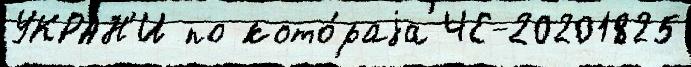
УКРАН'И по кото́раjа ЧЕ-20201825